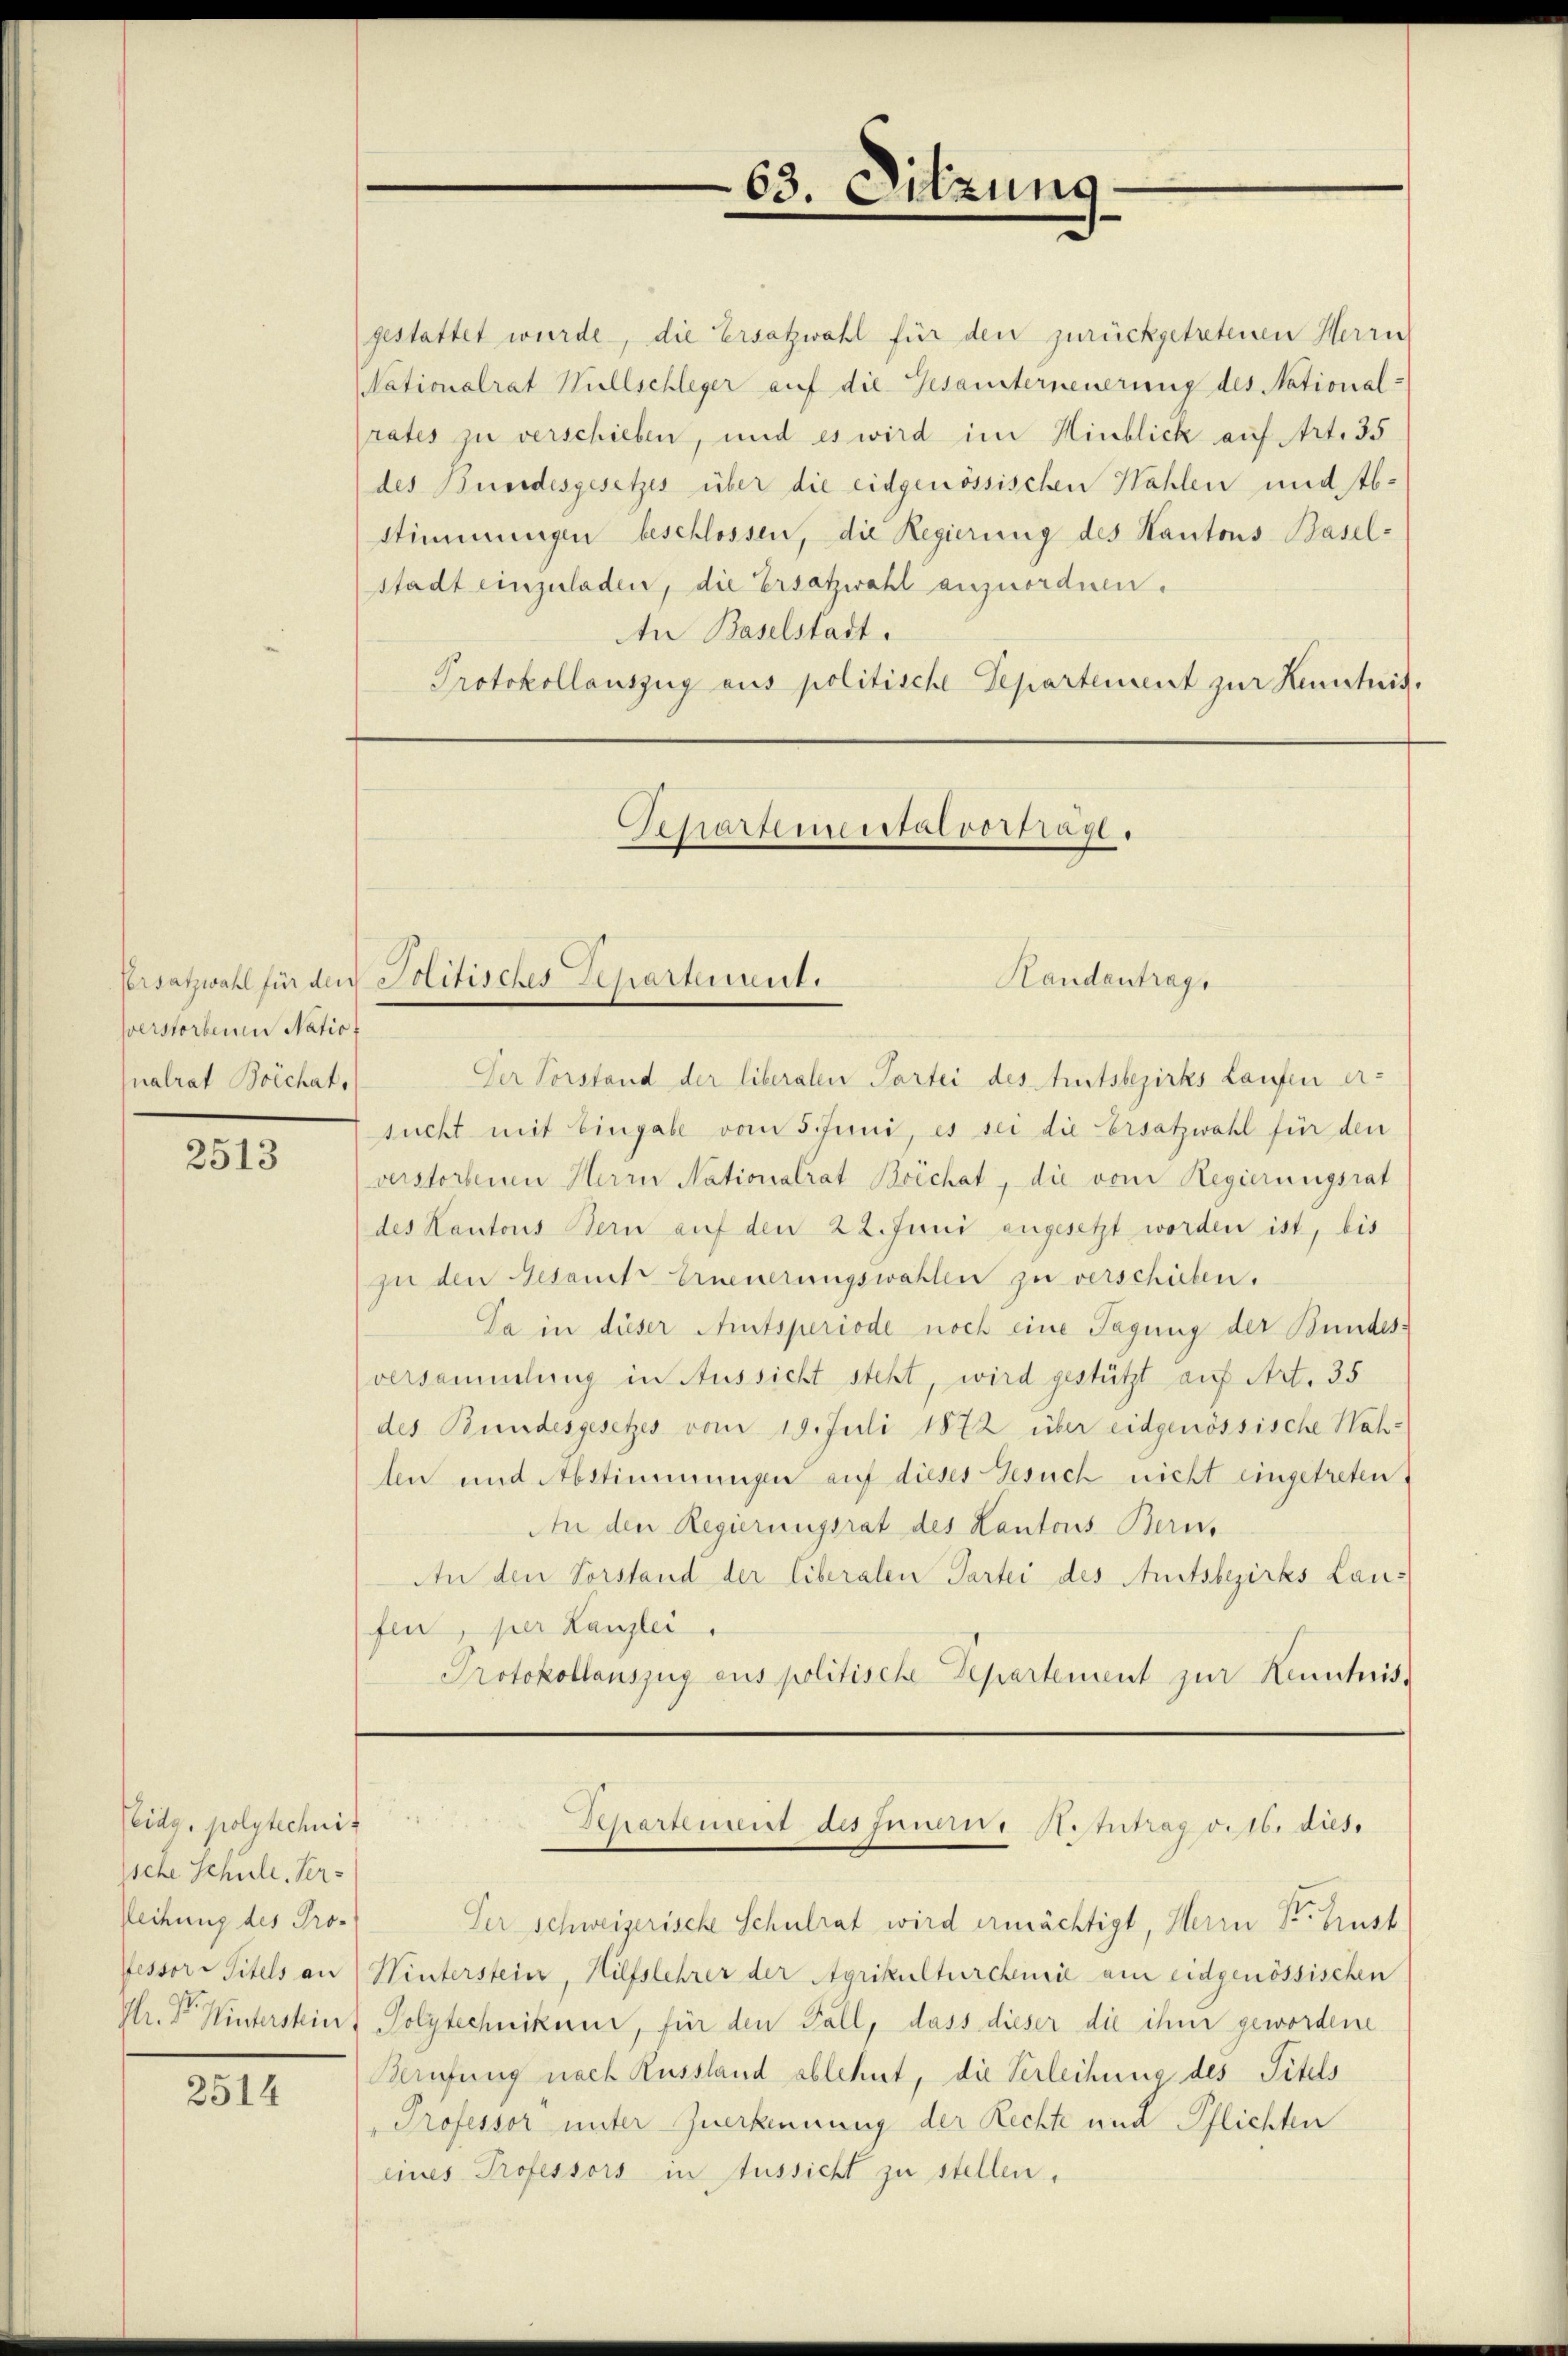
sverstorbenen Natio
nalrat Boichat,

2513

Peidg. polytechnis
ssche Schule, Ver¬
Reihung des Pro-

2514

gestattet wurde, die Ersatzwahl für den zurückgetretenen Herrn
Nationalrat Müllschleger auf die Gesansterneuerung des National-
rates zu verschieben, und es wird im Hinblick auf Art. 35
des Bundesgesetzes über die eidgenössischen Wahlen und Ab¬
Stimmungen beschlossen, die Regierung des Kantons Basel-
stadt einzuladen, die Ersatzwahl anzuordnen.
An Baselstadt.
Protokollauszug aus politische Departement zur Kenntnis.

Handentrags
Der Vorstand der liberalen Partei des Amtsbezirks Laufen er-
sucht mit Eingabe vom 5. Juni, es sei die Ersatzwahl für den
verstorbenen Herrn Nationalrat Boichat, die vom Regierungsrat
des Kantons Bern auf den 22. Juni angesetzt worden ist, bis
zu den Gesamt Erneuerungswahlen zu verschieben.
Da in dieser Amtsperiode noch eine Tagung der Bundes-
versammlung in Aussicht steht, wird gestützt auf Art. 35
des Bundesgesetzes vom 19. Juli 1872 über eidgenössische Nahlen und Abstimmungen auf dieses Gesuch nicht eingetreten.
An den Regierungsrat des Kantons Berns
An den Vorstand der liberalen Partei des Amtsbezirks Lan-
fen, per Kanzlei,
Protokollanszug aus politische Departement zur Kenntnis-

Versatzwahl für den Politisches Repartement.

63. Sitzung

Separtemental vorträgl.

Der Schweizerische Schulrat wird ermächtigt, Herrn St. Gust
fessor Titels an Winterstein, Hilfslehrer der Agrikulturchenie am eidgenössischen
Hr. Dr. Hintersteins Polytechnikum, für den Fall, dass dieser die ihm gewordene
Berufung nach Russland ablehnt, die Verleihung des Titels
Professor unter Zuerkennung der Rechte und Pflichten
eines Professors in Aussicht zu stellen.

Shartenwirt des Innern H. Intrag verb. dies